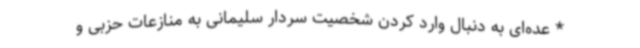
* عده‌ای به دنبال وارد کردن شخصیت سردار سلیمانی به منازعات حزبی و